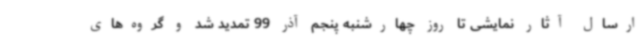
ارسال آثار نمایشی تا روز چهارشنبه پنجم آذر 99 تمدید شد و گروه‌های